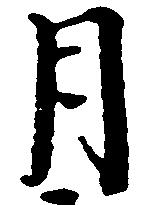
月